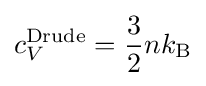
c_{V}^{\text{Drude}}={\frac {3}{2}}nk_{\rm {B}}